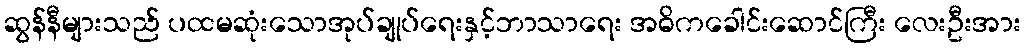
ဆွန်နီများသည် ပထမဆုံးသောအုပ်ချုပ်ရေးနှင့်ဘာသာရေး အဓိကခေါင်းဆောင်ကြီး လေးဦးအား